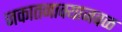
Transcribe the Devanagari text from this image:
जकातनाक्याजवळ